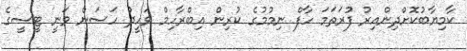
ކާމިޔާބުކޮށްދިންއިރު ފުރަތަމަ ހާފް ނިމުމުގެ ކުރިން އިބްރާހިމް ވަހީދު ހަސަން ވަނީ ޓީސީގެ